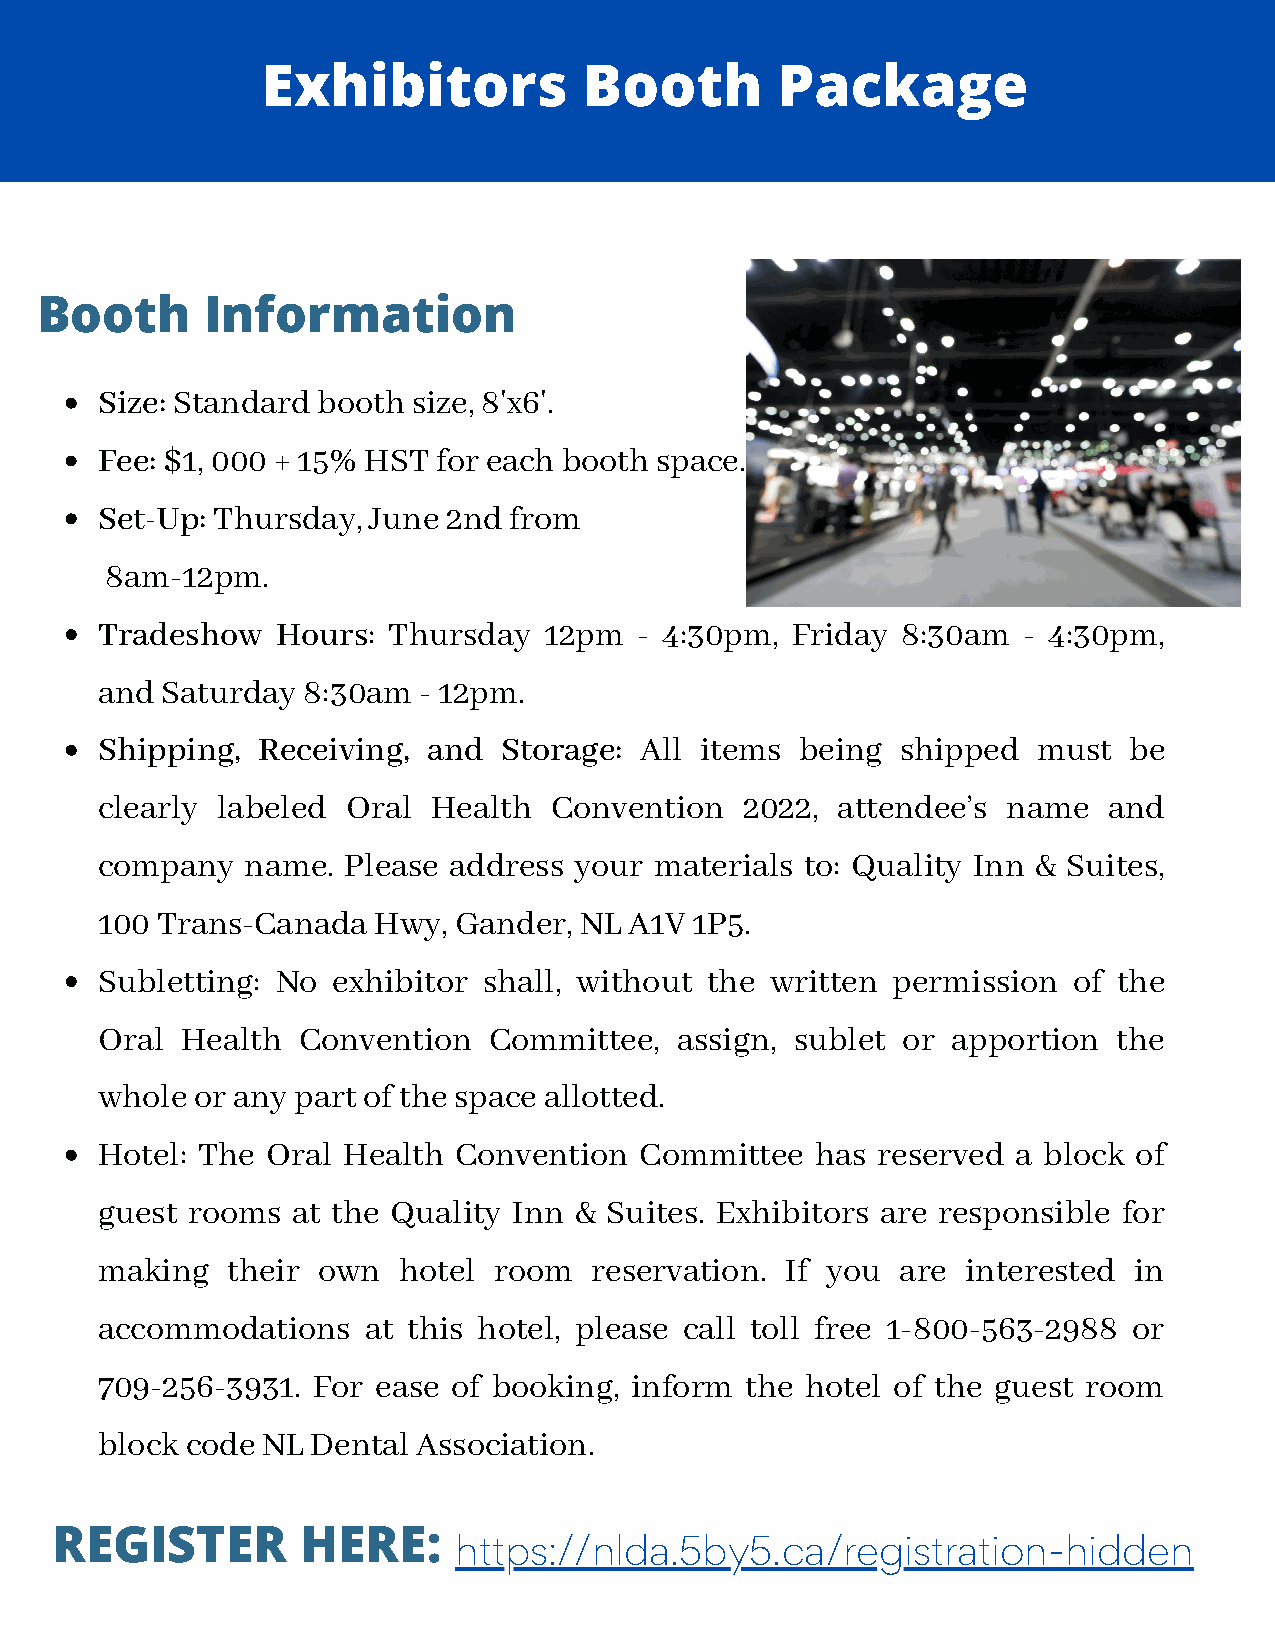
Exhibitors            Booth       Package
 Booth       Information
 Size: Standard booth size, 8'x6'.
 Fee: $1, 000 + 15% HST for each booth space.
 Set-Up: Thursday, June  2nd from
 8am-12pm.
 Tradeshow   Hours:  Thursday  12pm  - 4:30pm, Friday  8:30am  - 4:30pm,
 and  Saturday 8:30am  - 12pm.
 Shipping,  Receiving, and  Storage: All items  being  shipped  must  be
 clearly labeled  Oral  Health Convention   2022, attendee’s  name  and
 company   name.  Please address your materials to: Quality Inn & Suites,
 100 Trans-Canada   Hwy, Gander, NL  A1V 1P5.
 Subletting: No  exhibitor shall, without the written permission  of the
 Oral  Health  Convention  Committee,   assign, sublet or apportion  the
 whole  or any part of the space allotted.
 Hotel: The  Oral Health Convention  Committee   has reserved a block of
 guest rooms  at the Quality Inn & Suites. Exhibitors are responsible for
 making   their own  hotel  room  reservation. If you  are interested in
 accommodations    at this hotel, please call toll free 1-800-563-2988 or
 709-256-3931.  For ease of booking, inform the hotel of the guest room
 block code NL  Dental Association.
 REGISTER         HERE:
 https://nlda.5by5.ca/registration-hidden